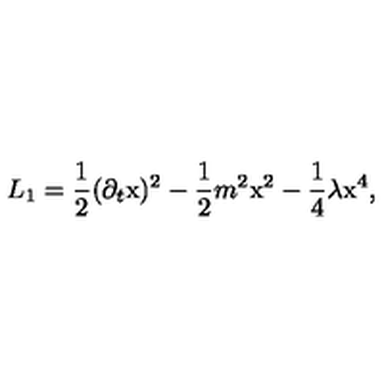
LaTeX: L _ { 1 } = \frac { 1 } { 2 } ( \partial _ { t } \mathrm { x } ) ^ { 2 } - \frac { 1 } { 2 } m ^ { 2 } \mathrm { x } ^ { 2 } - \frac { 1 } { 4 } \lambda \mathrm { x } ^ { 4 } ,